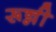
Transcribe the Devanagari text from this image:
रून्नी